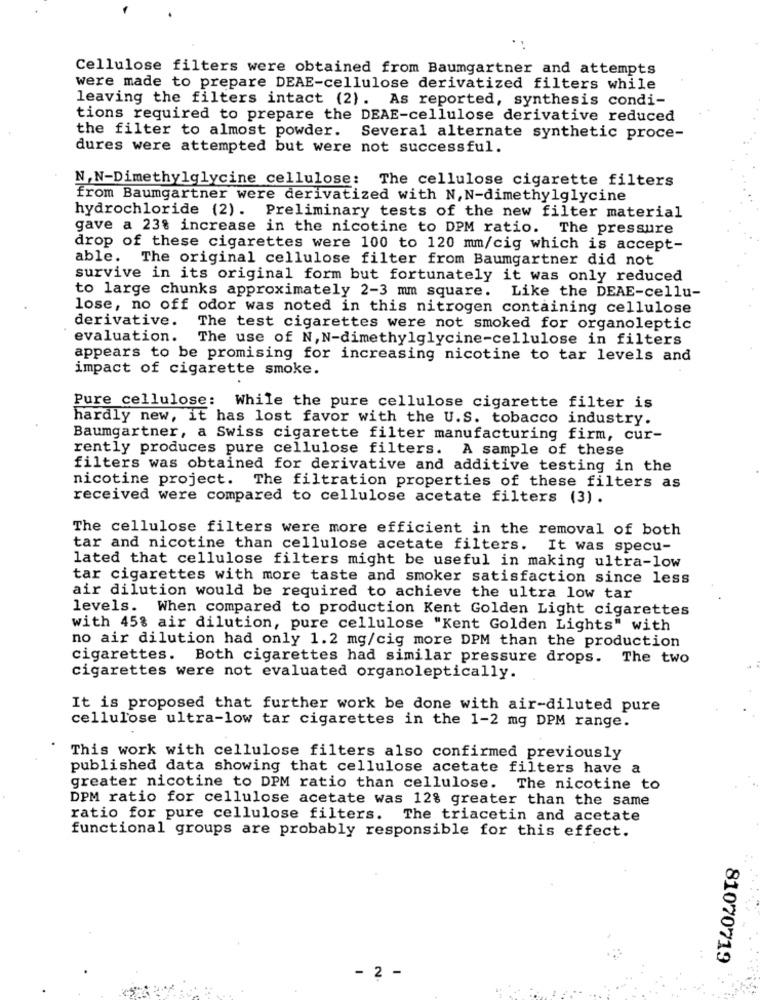
Cellulose filters were obtained from Baumgartner and attempts
were made to prepare DEAE-cellulose derivatized filters while
leaving the filters intact (2). As reported, synthesis condi-
tions required to prepare the DEAE-cellulose derivative reduced
the filter to almost powder.
Several alternate synthetic proce-
dures were attempted but were not successful.
N, N-Dimethylglycine cellulose: The cellulose cigarette filters
from Baumgartner were derivatized with N, N-dimethylglycine
hydrochloride (2). Preliminary tests of the new filter material
gave a 23% increase in the nicotine to DPM ratio. The pressure
drop of these cigarettes were 100 to 120 mm/cig which is accept-
able.
The original cellulose filter from Baumgartner did not
survive in its original form but fortunately it was only reduced
to large chunks approximately 2-3 mm square. Like the DEAE-cellu-
lose, no off odor was noted in this nitrogen containing cellulose
derivative.
The test cigarettes were not smoked for organoleptic
evaluation.
The use of N, N-dimethylglycine-cellulose in filters
appears to be promising for increasing nicotine to tar levels and
impact of cigarette smoke.
Pure cellulose:
While the pure cellulose cigarette filter is
hardly new, it has lost favor with the U.S. tobacco industry.
Baumgartner, a Swiss cigarette filter manufacturing firm, cur-
rently produces pure cellulose filters. A sample of these
filters was obtained for derivative and additive testing in the
nicotine project. The filtration properties of these filters as
received were compared to cellulose acetate filters (3).
The cellulose filters were more efficient in the removal of both
tar and nicotine than cellulose acetate filters. It was specu-
lated that cellulose filters might be useful in making ultra-low
tar cigarettes with more taste and smoker satisfaction since less
air dilution would be required to achieve the ultra low tar
levels. When compared to production Kent Golden Light cigarettes
with 45% air dilution, pure cellulose "Kent Golden Lights" with
no air dilution had only 1.2 mg/cig more DPM than the production
cigarettes. Both cigarettes had similar pressure drops. The two
cigarettes were not evaluated organoleptically.
It is proposed that further work be done with air-diluted pure
cellulose ultra-low tar cigarettes in the 1-2 mg DPM range.
This work with cellulose filters also confirmed previously
published data showing that cellulose acetate filters have a
greater nicotine to DPM ratio than cellulose. The nicotine to
DPM ratio for cellulose acetate was 12% greater than the same
ratio for pure cellulose filters. The triacetin and acetate
functional groups are probably responsible for this effect.
81070719
- 2 -